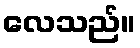
လေသည်။